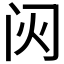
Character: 𬮟